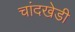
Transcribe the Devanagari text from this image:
चांदखेडी